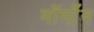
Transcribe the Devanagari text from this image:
मॉर्मॉन